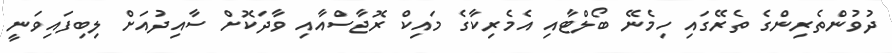
ދުވުންތެރިންގެ ތެރޭގައި ހިމެނޭ ބޯލްޓާއި އެމެރިކާގެ މައިކް ރޮޖާސްއާއި ވާދަކޮށް ސާއިދުއަށް ލިބިފައިވަނީ